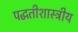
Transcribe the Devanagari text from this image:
पद्धतीशास्त्रीय